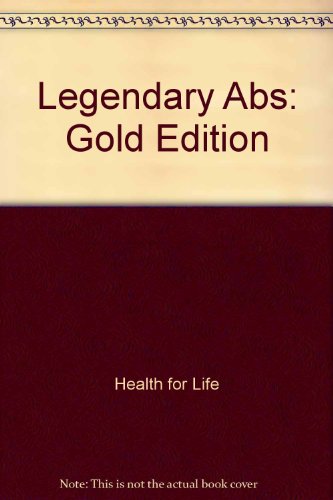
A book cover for Legendary Abs: Gold Edition; Health for Life; Health, Fitness & Dieting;